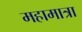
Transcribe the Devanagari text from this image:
महामात्रा